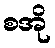
စအို